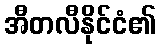
အီတလီနိုင်ငံ၏